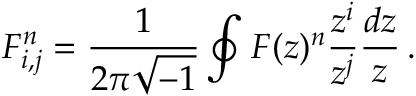
F _ { i , j } ^ { n } = \frac { 1 } { 2 \pi \sqrt { - 1 } } \oint F ( z ) ^ { n } \frac { z ^ { i } } { z ^ { j } } \frac { d z } { z } \, .